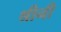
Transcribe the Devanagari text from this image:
श्रीनी